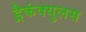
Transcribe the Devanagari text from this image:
ड्रैकंक्युलस